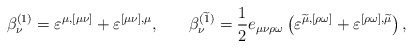
\begin{align*}\beta _\nu ^{(1)}=\varepsilon ^{\mu ,[\mu \nu ]}+\varepsilon^{[\mu \nu ],\mu } ,\hspace{0.3in}\beta _\nu^{(\widetilde{1})}=\frac 12e_{\mu \nu \rho \omega }\left(\varepsilon ^{\widetilde{\mu },[\rho \omega ]}+\varepsilon ^{[\rho\omega ],\widetilde{\mu }}\right) , \end{align*}